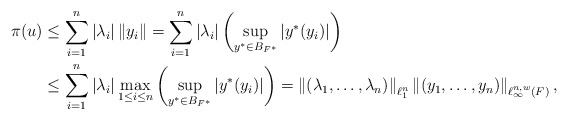
\begin{align*}\pi(u) &\leq\sum_{i=1}^n |\lambda_i|\left\|y_i\right\|=\sum_{i=1}^n|\lambda_i|\left(\sup_{y^*\in B_{F^*}}\left|y^*(y_i)\right|\right) \\&\leq\sum_{i=1}^n|\lambda_i|\max_{1\leq i\leq n}\left(\sup_{y^*\in B_{F^*}}\left|y^*(y_i)\right|\right)=\left\|(\lambda_1,\ldots,\lambda_n)\right\|_{\ell^n_1}\left\|(y_1,\ldots,y_n)\right\|_{\ell^{n,w}_\infty(F)},\end{align*}